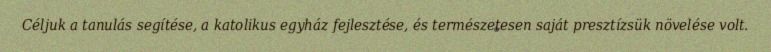
Céljuk a tanulás segítése, a katolikus egyház fejlesztése, és természetesen saját presztízsük növelése volt.